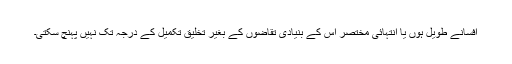
افسانے طویل ہوں یا انتہائی مختصر اس کے بنیادی تقاضوں کے بغیر تخلیق تکمیل کے درجہ تک نہیں پہنچ سکتی۔